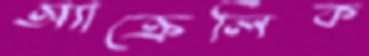
অ্যাক্রেলিক